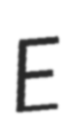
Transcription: E